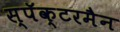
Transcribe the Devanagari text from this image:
स्पॅक्टरमैन